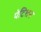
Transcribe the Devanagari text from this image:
पेटिशन